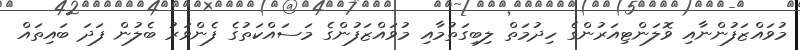
މުވައްޒަފުންނާއި ވޮލަންޓިއަރުންގެ ހިދުމަތް ލިބިގަތުމާއި މުވައްޒަފުންގެ މަސައްކަތުގެ ފެންވަރު ބެލުން ފަދަ ބައިތައް